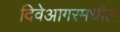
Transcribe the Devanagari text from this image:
दिवेआगरमधील